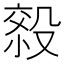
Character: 𰚄